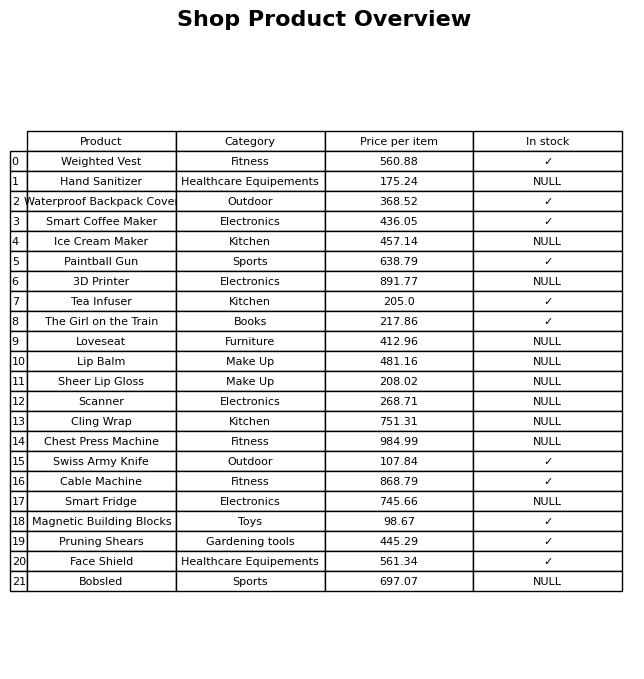
question: What is the price of the Paintball Gun?
answer: The price of Paintball Gun is 638.79.